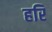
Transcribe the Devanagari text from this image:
हरि